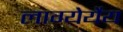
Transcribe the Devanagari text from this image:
लाग्येर्येय